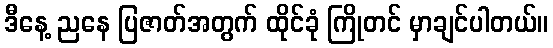
ဒီနေ့ ညနေ ပြဇာတ်အတွက် ထိုင်ခုံ ကြိုတင် မှာချင်ပါတယ်။